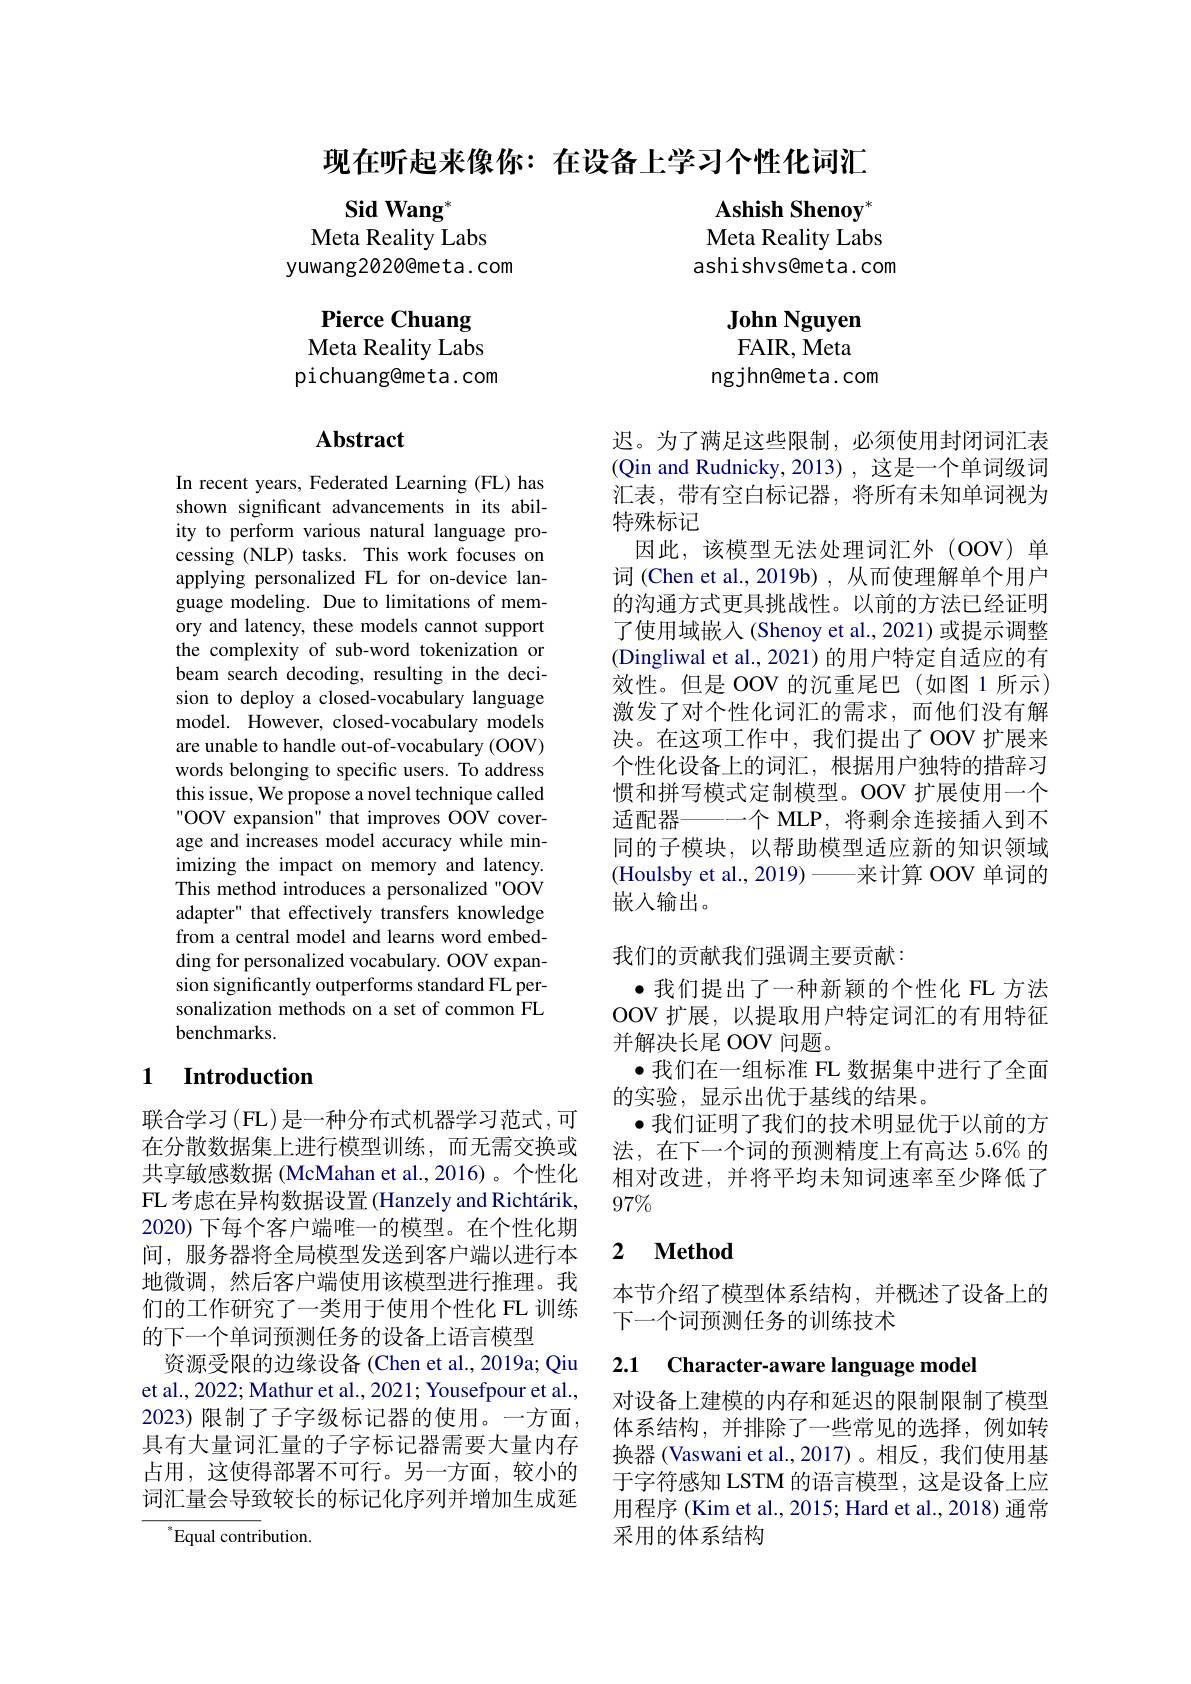
现在听起来像你：在设备上学习个性化词汇

$\textbf{Sid Wang}^*$
Meta Reality Labs
yuwang2020@meta.com

Ashish Shenoy$^*$ Meta Reality Labs ashishvs@meta.com

$\textbf{John Nguyen}$ FAIR, Meta
ngjhn@meta.com

Pierce Chuang Meta Reality Labs pichuang@meta.com

## $\mathbf{Abstract}$

In recent years, Federated Learning (FL) has shown significant advancements in its ability to perform various natural language processing (NLP) tasks. This work focuses on applying personalized FL for on-device language modeling. Due to limitations of memory and latency, these models cannot support the complexity of sub-word tokenization or beam search decoding, resulting in the decision to deploy a closed-vocabulary language model. However, closed-vocabulary models are unable to handle out-of-vocabulary (OOV) words belonging to specific users. To address this issue, We propose a novel technique called "OOV expansion" that improves OOV coverage and increases model accuracy while minimizing the impact on memory and latency. This method introduces a personalized "OOV adapter" that effectively transfers knowledge from a central model and learns word embedding for personalized vocabulary. OOV expansion significantly outperforms standard FL personalization methods on a set of common FL benchmarks.

### 1 $\textbf{Introduction}$

联合学习 (FL) 是一种分布式机器学习范式，可在分散数据集上进行模型训练，而无需交换或共享敏感数据 (McMahan et al.,2016)。个性化FL 考虑在异构数据设置(Hanzely and Richtárik, 2020)下每个客户端唯一的模型。在个性化期间，服务器将全局模型发送到客户端以进行本地微调，然后客户端使用该模型进行推理。我们的工作研究了一类用于使用个性化 FL 训练的下一个单词预测任务的设备上语言模型
资源受限的边缘设备(Chen et al., 2019a; Qiu et al., 2022; Mathur et al., 2021; Yousefpour et al., 2023) 限制了子字级标记器的使用。一方面， 具有大量词汇量的子字标记器需要大量内存占用，这使得部署不可行。另一方面，较小的词汇量会导致较长的标记化序列并增加生成延
$^{*}$Equal contribution.

迟。为了满足这些限制，必须使用封闭词汇表(Qin and Rudnicky,2013),这是一个单词级词汇表，带有空白标记器，将所有未知单词视为特殊标记
因此，该模型无法处理词汇外(OOV)单词 (Chen et al., 2019b) , 从而使理解单个用户的沟通方式更具挑战性。以前的方法已经证明了使用域嵌入(Shenoy et al., 2021) 或提示调整(Dingliwal et al.,2021)的用户特定自适应的有效性。但是 OOV 的沉重尾巴(如图1所示) 激发了对个性化词汇的需求，而他们没有解决。在这项工作中，我们提出了OOV 扩展来个性化设备上的词汇，根据用户独特的措辞习惯和拼写模式定制模型。OOV 扩展使用一个
一个 MLP, 将剩余连接插入到不
适配器
同的子模块，以帮助模型适应新的知识领域(Houlsby et al., 2019)——来计算 OOV 单词的嵌人输出。

我们的贡献我们强调主要贡献：

$\bullet$我们提出了一种新颖的个性化 FL 方法OOV 扩展，以提取用户特定词汇的有用特征并解决长尾 OOV 问题。
$\bullet$我们在一组标准 FL 数据集中进行了全面
的实验，显示出优于基线的结果。
$\bullet$我们证明了我们的技术明显优于以前的方法，在下一个词的预测精度上有高达 5.6% 的相对改进，并将平均未知词速率至少降低了$97\%$

## 2 $\textbf{Method}$

本节介绍了模型体系结构，并概述了设备上的
下一个词预测任务的训练技术

2.1 Character-aware language mode

对设备上建模的内存和延迟的限制限制了模型体系结构，并排除了一些常见的选择，例如转换器 (Vaswani et al.,2017)。相反，我们使用基于字符感知 LSTM 的语言模型，这是设备上应用程序 (Kim et al., 2015; Hard et al., 2018) 通常采用的体系结构